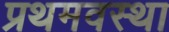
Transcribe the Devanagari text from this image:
प्रथमवस्था